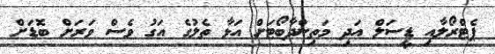
ޕެޓްރޯލާއި ޑީސަލް އަދި މަތިންދާބޯޓަށް އަޅާ ތެލުގެ އަގު ވެސް ވަރަށް ބޮޑަށް